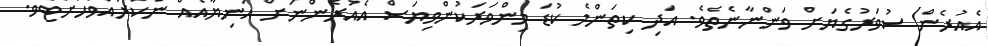
އެއުރެން ސުވަރުގެޔަށް ވަންނާނެތެވެ. އަދި ކިތަންމެ ކުޑަ މިންވަރަކުންވިޔަސް އެއުރެންނަށް އަނިޔާއެއް ނުކުރައްވާހުށްޓެވެ.